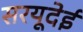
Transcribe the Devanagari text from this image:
सरयूदेई